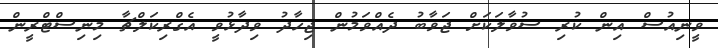
ވީނިއުސް އިން ކުރި ސުވާލަކަށް ޖަވާބު ދެއްވަމުން ޖިހާދު ވިދާޅުވީ އެގްރިކަލްޗާ މިނިސްޓްރީން